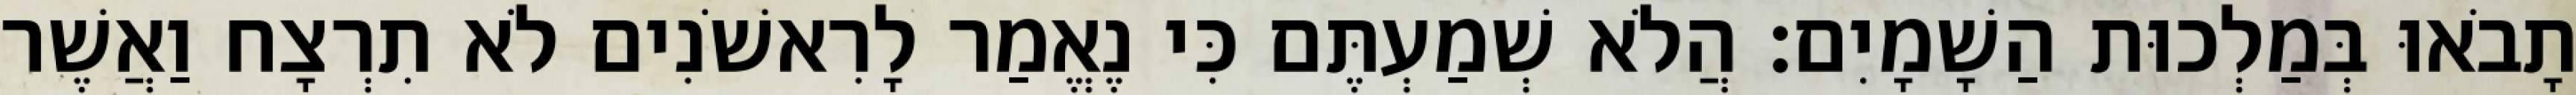
תָבֹאוּ בְּמַלְכוּת הַשָׁמָיִם׃ הֲלֹא שְׁמַעְתֶּם כִּי נֶאֱמַר לָרִאשֹׁנִים לֹא תִרְצָח וַאֲשֶׁר